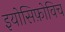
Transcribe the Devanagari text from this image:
इयोसिफ़ोविच